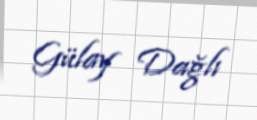
Gülay Dağlı